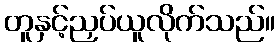
တူနှင့်ညှပ်ယူလိုက်သည်။